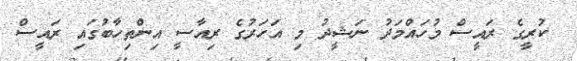
ކުރީގެ ރައީސް މުހައްމަދު ނަޝީދު މި އަހަރުގެ ރިއާސީ އިންތިހާބުގައި ރައީސް